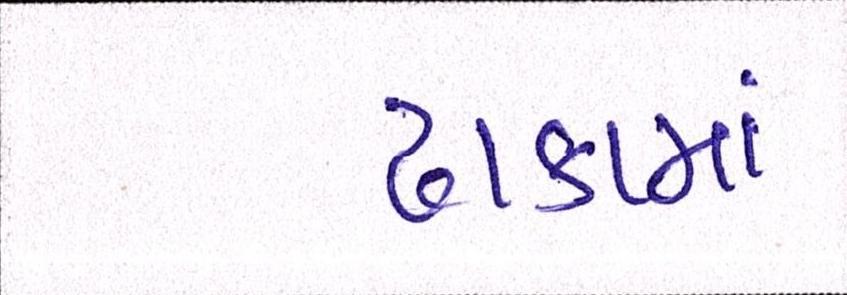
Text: ઢાકામાં